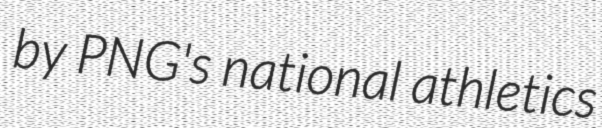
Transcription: by PNG's national athletics